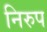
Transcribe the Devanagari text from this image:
निरुप